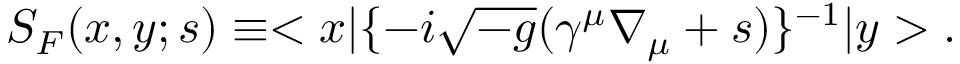
S _ { F } ( x , y ; s ) \equiv < x | \{ - i \sqrt { - g } ( \gamma ^ { \mu } \nabla _ { \mu } + s ) \} ^ { - 1 } | y > .